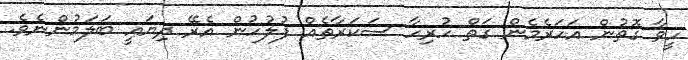
ހީވާ ގޮތުން އަހަރެމެން ގަތް ހުރިހާ ސަކަރާތެއް ފުލުހުން އެރޭ ދިޔައީ ބަލަމުންނެވެ.